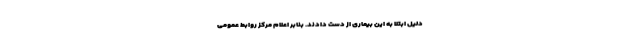
دلیل ابتلا به این بیماری از دست دادند. بنابر اعلام مرکز روابط عمومی